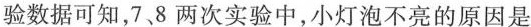
验数据可知，7、8两次实验中，小灯泡不亮的原因是